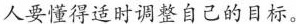
人要懂得适时调整自己的目标。